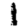
Digit: 1